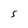
Character: S